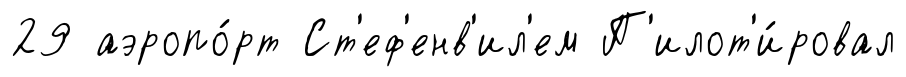
29 аэропо́рт Ст'еф'енв'ил'ем П'илот'и́ровал